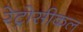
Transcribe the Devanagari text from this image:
रेट्रोसीकल